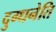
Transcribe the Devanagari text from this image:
दुग्धनेति